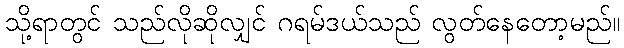
သို့ရာတွင် သည်လိုဆိုလျှင် ဂရမ်ဒယ်သည် လွတ်နေတော့မည်။